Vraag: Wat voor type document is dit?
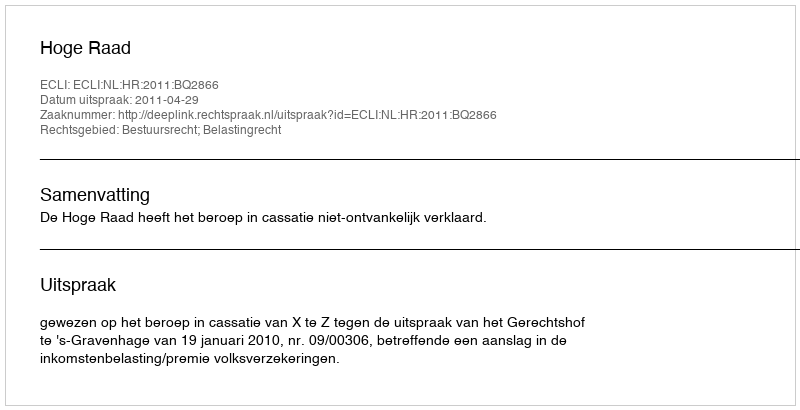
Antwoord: Uitspraak